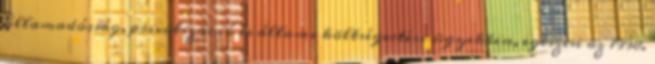
államadósság, privatizáció és állami költségvetési ügyekben, egészen az 1998.